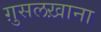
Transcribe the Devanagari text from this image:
ग़ुसलख़ाना